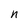
Character: n